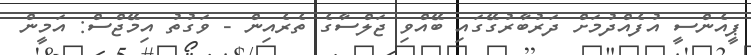
ޕީއެންސީ އުފެއްދުމަށް ދަރުބާރުގޭގައި ބޭއްވި ޖަލްސާގެ ތެރެއިން - ވަގުތު އިމޭޖްސް: އަމީން